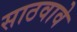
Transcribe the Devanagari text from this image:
साठवावे